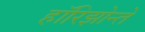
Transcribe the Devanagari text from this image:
हॉरिझोन्ते